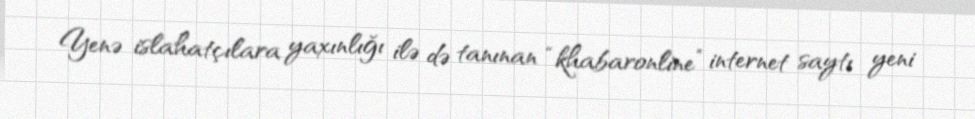
Yenə islahatçılara yaxınlığı ilə də tanınan “khabaronline” internet saytı yeni